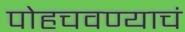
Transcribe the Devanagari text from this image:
पोहचवण्याचं